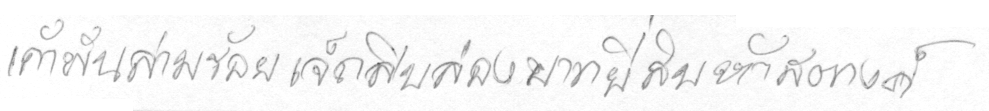
เก้าพันสามร้อยเจ็ดสิบสองบาทยี่สิบห้าสตางค์